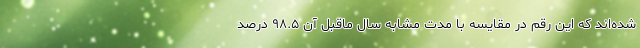
شده‌اند که این رقم در مقایسه با مدت مشابه سال ماقبل آن ۹۸.۵ درصد